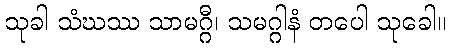
သုခါ သံဃဿ သာမဂ္ဂီ၊ သမဂ္ဂါနံ တပေါ သုခေါ။